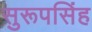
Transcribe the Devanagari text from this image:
सुरूपसिंह